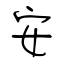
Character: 安